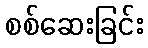
စစ်ဆေးခြင်း